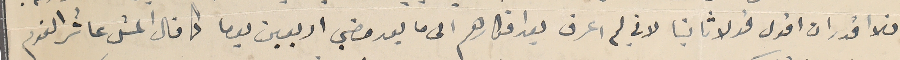
فلا اقدر ان اقول قولا ثانيا لاني لم اعرف بعد افكارهم الى ما بعد مضي اربعين يوما كما قال المثل عاشر القوم